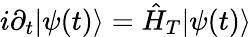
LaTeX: i\partial_{t}|\psi(t)\rangle=\hat{H}_{T}|\psi(t)\rangle